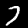
Label: 7